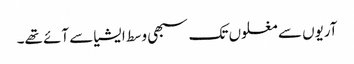
آریوں سے مغلوں تک سبھی وسط ایشیا سے آئے تھے۔